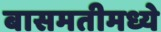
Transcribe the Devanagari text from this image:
बासमतीमध्ये